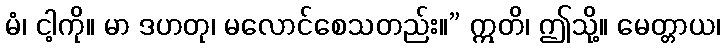
မံ၊ ငါ့ကို။ မာ ဒဟတု၊ မလောင်စေသတည်း။” ဣတိ၊ ဤသို့။ မေတ္တာယ၊